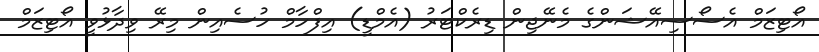
އޯޓިޒަމް އެސޯސިއޭޝަންގެ މެނޭޖިން ޑިރެކްޓަރު (އެމްޑީ) އިފްހާމް ހުސެއިން މިރޭ ވިދާޅުވީ އޯޓިޒަމް